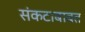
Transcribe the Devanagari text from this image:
संकटाबाबत